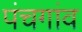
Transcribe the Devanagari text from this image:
पंचगांव